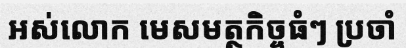
អស់លោក មេសមត្ថកិច្ចធំៗ ប្រចាំ